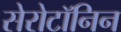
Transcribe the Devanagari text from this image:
सेरोटॉनिन